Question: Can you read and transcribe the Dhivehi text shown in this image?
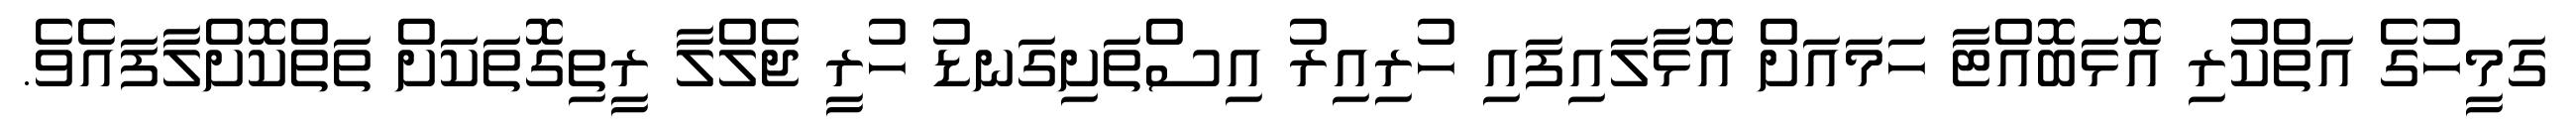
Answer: ގަމީހުގެ އަތްކުރި އޮޅަބޮއްޓާ ހަމައަށް އޮޅާލައިފައި ހުރިއިރު އިސްތަށިގަނޑު ހުރީ ޖެލްލާ ރީތިގޮތަކަށް ތަތްކޮށްލާފައެވެ.